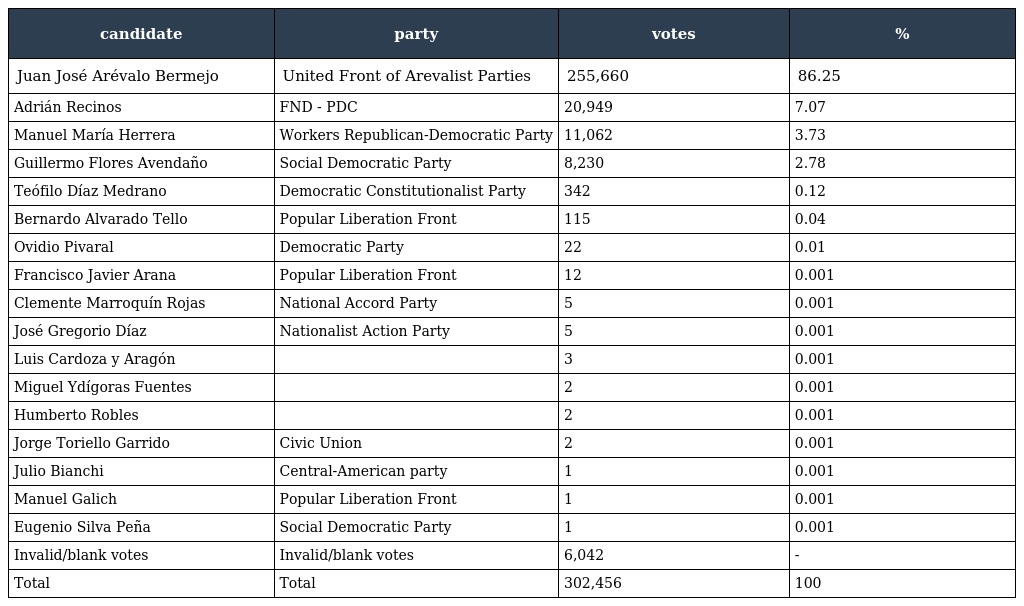
| candidate | party | votes | % |
 | --- | --- | --- | --- |
 | Juan José Arévalo Bermejo | United Front of Arevalist Parties | 255,660 | 86.25 |
 | Adrián Recinos | FND - PDC | 20,949 | 7.07 |
 | Manuel María Herrera | Workers Republican-Democratic Party | 11,062 | 3.73 |
 | Guillermo Flores Avendaño | Social Democratic Party | 8,230 | 2.78 |
 | Teófilo Díaz Medrano | Democratic Constitutionalist Party | 342 | 0.12 |
 | Bernardo Alvarado Tello | Popular Liberation Front | 115 | 0.04 |
 | Ovidio Pivaral | Democratic Party | 22 | 0.01 |
 | Francisco Javier Arana | Popular Liberation Front | 12 | 0.001 |
 | Clemente Marroquín Rojas | National Accord Party | 5 | 0.001 |
 | José Gregorio Díaz | Nationalist Action Party | 5 | 0.001 |
 | Luis Cardoza y Aragón |  | 3 | 0.001 |
 | Miguel Ydígoras Fuentes |  | 2 | 0.001 |
 | Humberto Robles |  | 2 | 0.001 |
 | Jorge Toriello Garrido | Civic Union | 2 | 0.001 |
 | Julio Bianchi | Central-American party | 1 | 0.001 |
 | Manuel Galich | Popular Liberation Front | 1 | 0.001 |
 | Eugenio Silva Peña | Social Democratic Party | 1 | 0.001 |
 | Invalid/blank votes | Invalid/blank votes | 6,042 | - |
 | Total | Total | 302,456 | 100 |